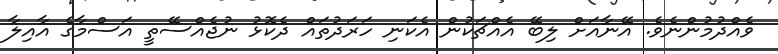
ވެއްދުމުންނެވެ. އޭނާއަށް ލިބޭ އެއްޗަކުން އެކަނި ހަރަދުތައް ދެކޮޅު ނުޖެއްސޭތީ އަސްމާގެ އާއިލާ